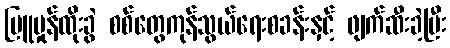
မြူမှုန်ထိုးခွဲ စစ်တွေကုန်သွယ်ရေးစခန်းနှင့် ဖျက်ဆီးခဲ့ပြီး